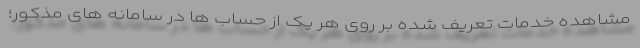
مشاهده خدمات تعریف شده بر روی هر یک از حساب ها در سامانه های مذکور؛